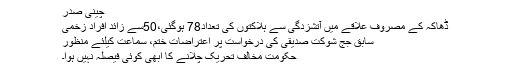
چینی صدر
ڈھاکہ کے مصروف علاقے میں آتشزدگی سے ہلاکتوں کی تعداد78 ہوگئی،50سے زائد افراد زخمی
سابق جج شوکت صدیقی کی درخواست پر اعتراضات ختم، سماعت کیلئے منظور
حکومت مخالف تحریک چلانے کا ابھی کوئی فیصلہ نہیں ہوا۔